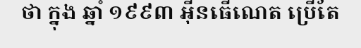
ថា ក្នុង ឆ្នាំ ១៩៩៣ អ៊ីនធើណេត ប្រើតែ